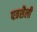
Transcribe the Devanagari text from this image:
पत्रशैली